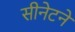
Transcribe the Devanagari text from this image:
सीनेटने